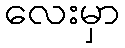
လေးမှာ